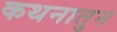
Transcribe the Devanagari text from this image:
कथनातुन